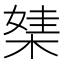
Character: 𣕁